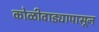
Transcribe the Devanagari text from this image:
कोळीवाड्यापासून